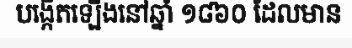
បង្កើតឡើងនៅឆ្នាំ ១៨៦០ ដែលមាន